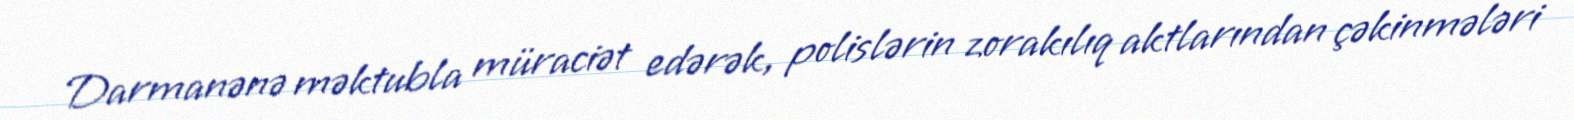
Darmanənə məktubla müraciət edərək, polislərin zorakılıq aktlarından çəkinmələri